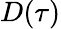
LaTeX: D(\tau)